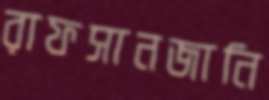
রাফসানজানি